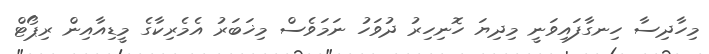
މިހާދިސާ ހިނގާފައިވަނީ މިދިޔަ ހޮނިހިރު ދުވަހު ނަމަވެސް މިޚަބަރު އެމެރިކާގެ މީޑިއާއިން ރިޕޯޓް